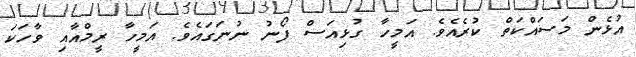
އުޅެން މަސައްކަތް ކުރެއެވެ. އަމީހާ ގުޅިއަސް ފޯނު ނުނަގައެވެ. އަމީހާ ރީމްއާއި ވާހަކަ